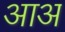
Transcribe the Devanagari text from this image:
आअ